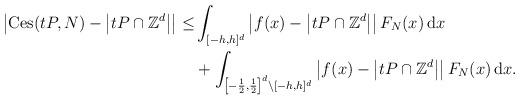
LaTeX: \begin{align*} \left| \mathrm{Ces} (tP ,N) - \left| tP \cap \mathbb{Z}^d \right| \right| \le &\int_{[-h,h]^d} \left| f(x) - \left| tP \cap \mathbb{Z}^d \right| \right| F_N (x) \, \mathrm{d}x \\ &+ \int_{\left[ - \frac{1}{2} , \frac{1}{2} \right]^d \backslash [-h,h]^d} \left| f(x) - \left| tP \cap \mathbb{Z}^d \right| \right| F_N (x) \, \mathrm{d}x . \end{align*}